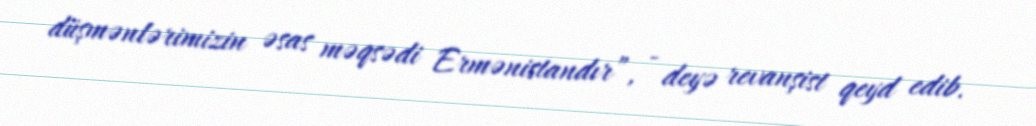
düşmənlərimizin əsas məqsədi Ermənistandır”, - deyə revanşist qeyd edib.